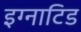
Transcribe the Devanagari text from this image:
इग्नाटिड